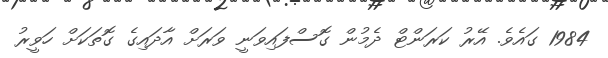
1984 ގައެވެ. އޭރު ކަރަންޓް ދެމުން ގޮސްފައިވަނީ ވަރަށް އާދައިގެ ގޮތަކަށް ހަވީރު